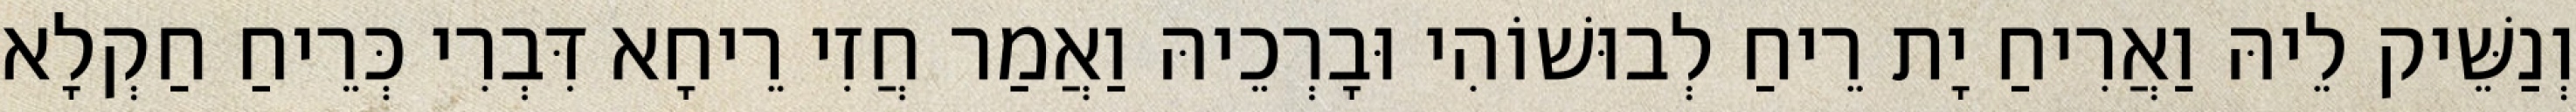
וְנַשֵּׁיק לֵיהּ וַאֲרִיחַ יָת רֵיחַ לְבוּשׁוֹהִי וּבָרְכֵיהּ וַאֲמַר חֲזִי רֵיחָא דִּבְרִי כְּרֵיחַ חַקְלָא